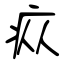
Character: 疭